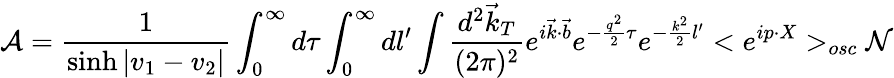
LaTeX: {\cal A}=\frac 1{\sinh|v_{1}-v_{2}|}\int_{0}^{\infty}d\tau\int_{0}^{\infty}dl^{\prime}\int\frac{d^{2}\vec{k}_{T}}{(2\pi)^{2}}e^{i\vec{k}\cdot\vec{b}}e^{-\frac{q^{2}}2\tau}e^{-\frac{k^{2}}2l^{\prime}}<e^{ip\cdot X}>_{osc}{\cal N}